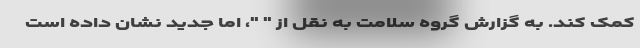
کمک کند. به گزارش گروه سلامت به نقل از " "، اما جدید نشان داده است